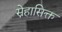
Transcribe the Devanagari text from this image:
स्नेहासिक्त